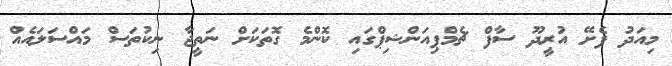
މިއަދު ފެށޭ އުރީދޫ ސާފް ޗެމްޕިއަންޝިޕްގައި ކޮންމެ ގޮތަކަށް ނަތީޖާ ނިކުތަސް މައްސަލައެއް